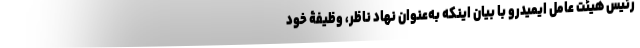
رئیس هیئت عامل ایمیدرو با بیان اینکه به‌عنوان نهاد ناظر، وظیفۀ خود